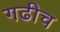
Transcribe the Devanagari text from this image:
गढीच